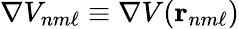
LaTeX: \nabla V_{nm\ell}\equiv\nabla V(\mathbf{r}_{nm\ell})